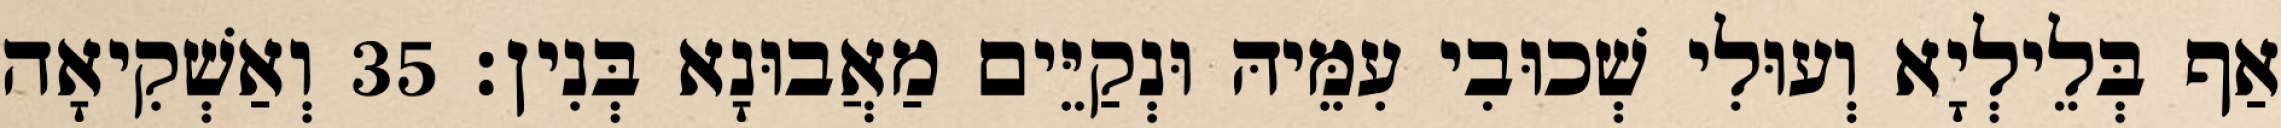
אַף בְּלֵילְיָא וְעוּלִי שְׁכוּבִי עִמֵּיהּ וּנְקַיֵּים מַאֲבוּנָא בְּנִין׃ 35 וְאַשְׁקִיאָה